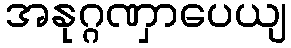
အနုဂ္ဂဏှာပေယျ